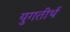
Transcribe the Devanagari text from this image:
युगतीर्थ